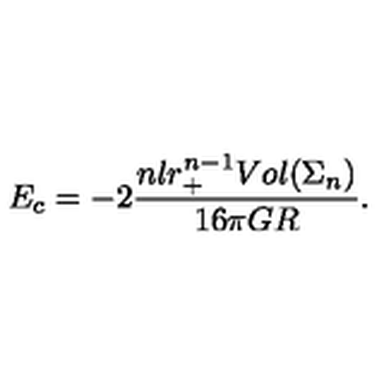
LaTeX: E _ { c } = - 2 \frac { n l r _ { + } ^ { n - 1 } V o l ( \Sigma _ { n } ) } { 1 6 \pi G R } .